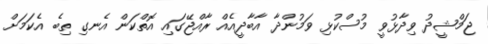
ޖަމްޝީދު ވިދާޅުވީ މުސްކުޅި ވަމުންދާ އާބާދީއެއް ރާއްޖޭގައި އޮތްކަން އެނގި ތިބެ އެކަމަށް